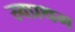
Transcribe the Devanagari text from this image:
स्र्वप्रथम